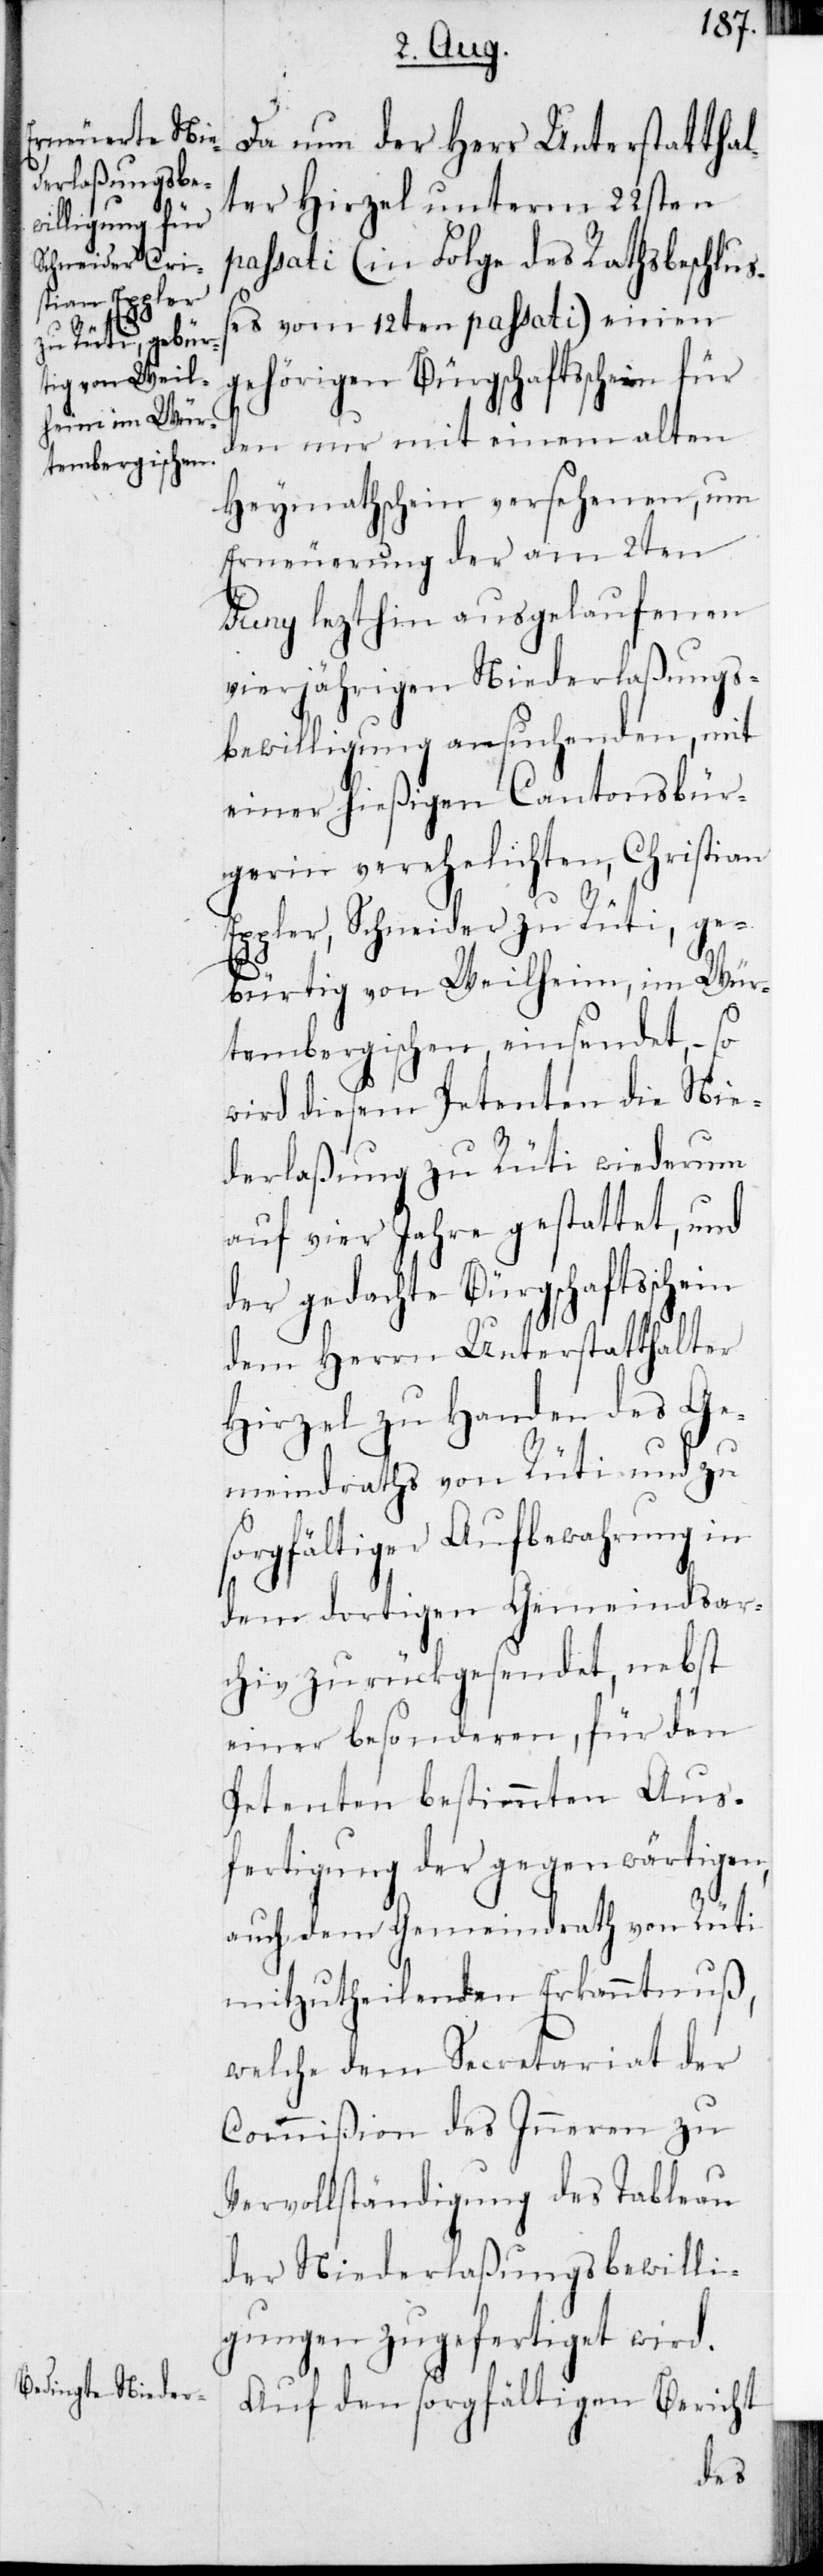
Da nun der Herr Unterstatthal¬
ter Hirzel unterm 22sten
passati (in Folge des Rathsbeschluß¬
es vom 12ten passati) einen
gehörigen Bürgschaftsschein für
den nur mit einem alten
Heymathschein versehenen, um
Erneuerung der am 2ten
Juny lezthin ausgelaufenen
vierjährigen Niederlaßungs¬
bewilligung ansuchenden, mit
einer hießigen Cantonsbür¬
gerin verehelichten Christian
Eppler, Schneider zu Rüti, ge¬
bürtig von Weilheim, im Wür¬
tembergischen, einsendet, –
wird diesem Petenten die Nie¬
derlaßung zu Rüti wiederum
auf vier Jahre gestattet, und
der gedachte Bürgschaftsschein
dem Herrn Unterstatthalter
Hirzel zu Handen des Ge¬
meindraths von Rüti und zu
sorgfältiger Aufbewahrung in
dem dortigen Gemeindsar¬
chiv zurückgesendet, nebst
einer besonderen, für den
Petenten bestimmten Aus¬
fertigung der gegenwärtigen,
auch dem Gemeindrath von Rüti
mitzutheilenden Erkanntnuß,
welche dem Secretariat der
Commißion des Inneren zu
Vervollständigung des Tableau
der Niederlaßungsbewilli¬
gungen zugefertiget wird.
Auf den sorgfältigen Bericht